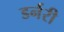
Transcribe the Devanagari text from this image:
डर्नरी